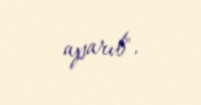
aparıb".